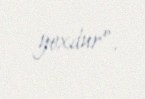
yoxdur”.